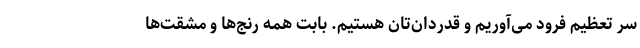
سر تعظیم فرود می‌آوریم و قدردان‌تان هستیم. بابت همه رنج‌ها و مشقت‌ها